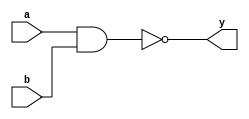
// nand2 - 

// 
module nand2_1(y,a,b);
input a,b;
output y;
nand(y,a,b);
endmodule

// case
module nand2_2(y,a,b);
input a,b;
output y;
reg y;
always @(a,b) begin
    case ({a,b})
    2'b00: y = 1;
    2'b01: y = 1;
    2'b10: y = 1;
    2'b11: y = 0;
    default: y ='bx;
    endcase
end
endmodule